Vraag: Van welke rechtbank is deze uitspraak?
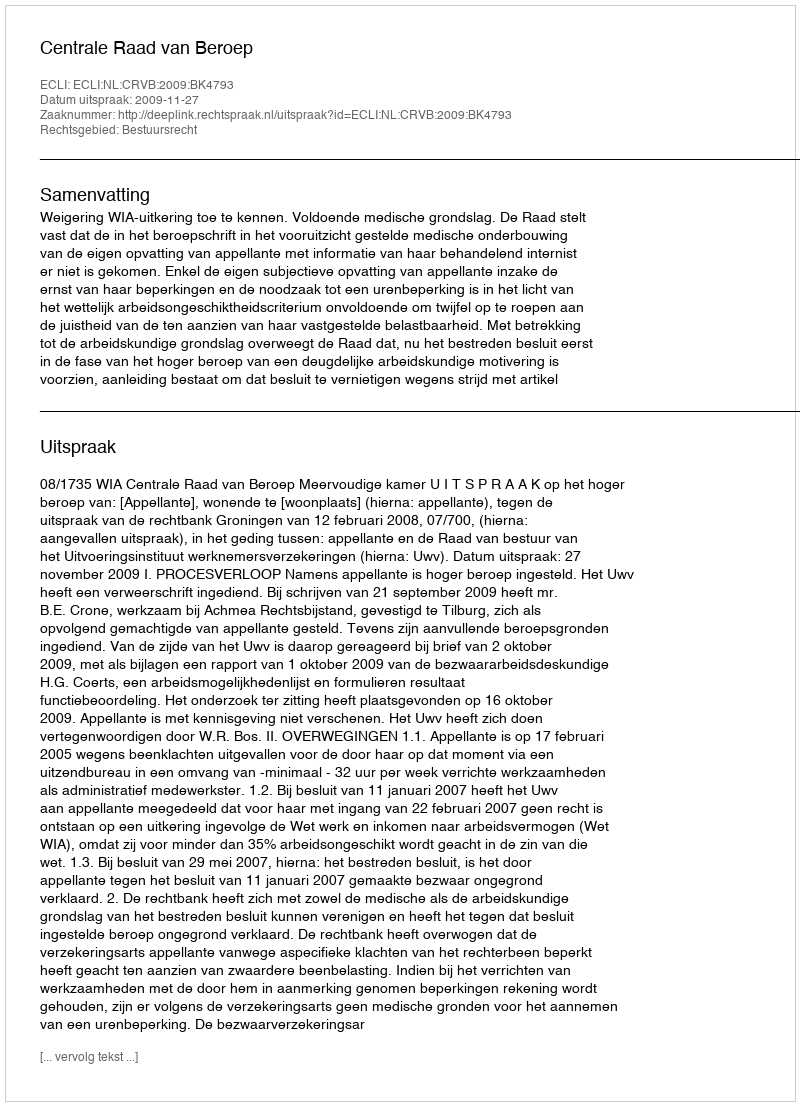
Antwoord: Centrale Raad van Beroep